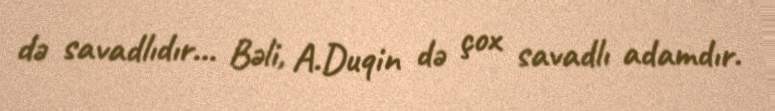
də savadlıdır... Bəli, A.Duqin də çox savadlı adamdır.